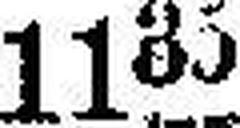
1135